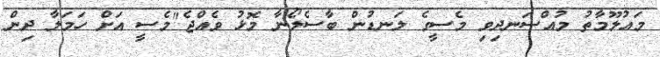
މައުލޫމާތު މުއްސަނދިވި މެސީގެ ލަނޑުން ބާސެލޯނާ މޮޅު ވެއްޖެ"މެސީ އަށް ހަމަލާ ދިން